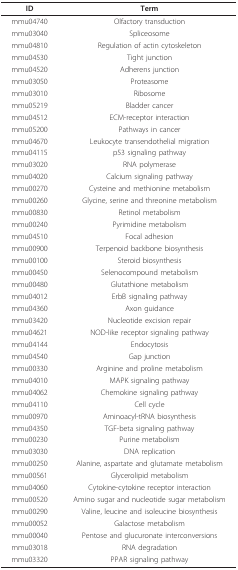
| ID | Term |
 | --- | --- |
 | mmu04740 | Olfactory transduction |
 | mmu03040 | Spliceosome |
 | mmu04810 | Regulation of actin cytoskeleton |
 | mmu04530 | Tight junction |
 | mmu04520 | Adherens junction |
 | mmu03050 | Proteasome |
 | mmu03010 | Ribosome |
 | mmu05219 | Bladder cancer |
 | mmu04512 | ECM-receptor interaction |
 | mmu05200 | Pathways in cancer |
 | mmu04670 | Leukocyte transendothelial migration |
 | mmu04115 | p53 signaling pathway |
 | mmu03020 | RNA polymerase |
 | mmu04020 | Calcium signaling pathway |
 | mmu00270 | Cysteine and methionine metabolism |
 | mmu00260 | Glycine, serine and threonine metabolism |
 | mmu00830 | Retinol metabolism |
 | mmu00240 | Pyrimidine metabolism |
 | mmu04510 | Focal adhesion |
 | mmu00900 | Terpenoid backbone biosynthesis |
 | mmu00100 | Steroid biosynthesis |
 | mmu00450 | Selenocompound metabolism |
 | mmu00480 | Glutathione metabolism |
 | mmu04012 | ErbB signaling pathway |
 | mmu04360 | Axon guidance |
 | mmu03420 | Nucleotide excision repair |
 | mmu04621 | NOD-like receptor signaling pathway |
 | mmu04144 | Endocytosis |
 | mmu04540 | Gap junction |
 | mmu00330 | Arginine and proline metabolism |
 | mmu04010 | MAPK signaling pathway |
 | mmu04062 | Chemokine signaling pathway |
 | mmu04110 | Cell cycle |
 | mmu00970 | Aminoacyl-tRNA biosynthesis |
 | mmu04350 | TGF-beta signaling pathway |
 | mmu00230 | Purine metabolism |
 | mmu03030 | DNA replication |
 | mmu00250 | Alanine, aspartate and glutamate metabolism |
 | mmu00561 | Glycerolipid metabolism |
 | mmu04060 | Cytokine-cytokine receptor interaction |
 | mmu00520 | Amino sugar and nucleotide sugar metabolism |
 | mmu00290 | Valine, leucine and isoleucine biosynthesis |
 | mmu00052 | Galactose metabolism |
 | mmu00040 | Pentose and glucuronate interconversions |
 | mmu03018 | RNA degradation |
 | mmu03320 | PPAR signaling pathway |